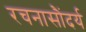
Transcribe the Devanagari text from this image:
रचनासौंदर्य